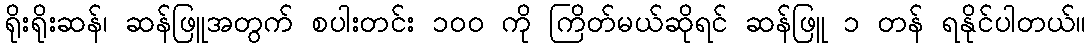
ရိုးရိုးဆန်၊ ဆန်ဖြူအတွက် စပါးတင်း ၁၀၀ ကို ကြိတ်မယ်ဆိုရင် ဆန်ဖြူ ၁ တန် ရနိုင်ပါတယ်။